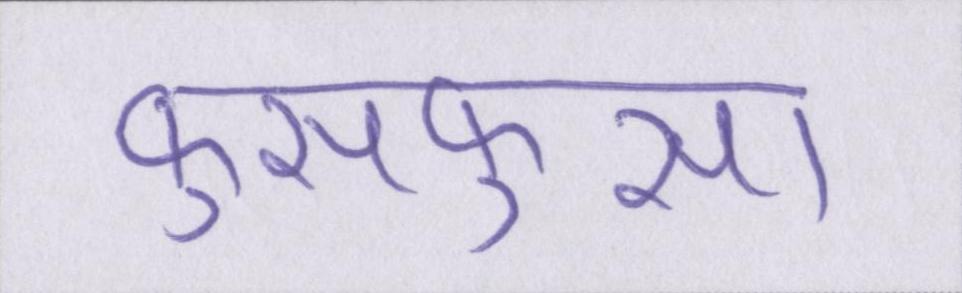
फुसफुसा